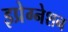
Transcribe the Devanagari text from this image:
इप्रेग्नेशन